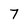
Character: 7